Vaccination in the Punjab 1919-1929 - 1919-1929
Year: 1919
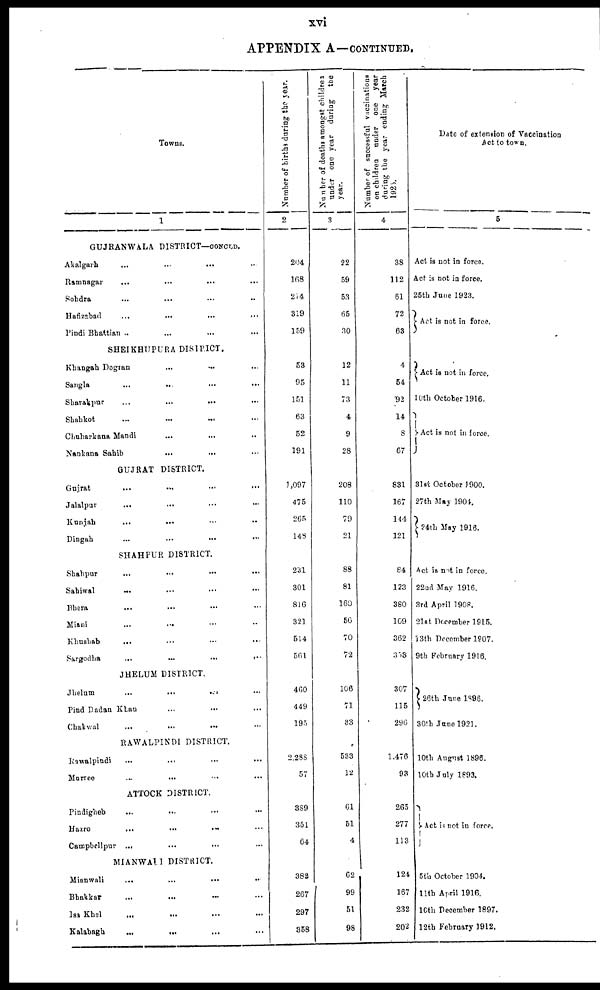
xvi
APPENDIX A—CONTINUED.
Towns.
1
GUJRANWALA DISTRICT—CONCLD.
Akalgarh ... ... ... ...
Ramnagar
...
...
...
...
Sohdra ... ... ... ...
Hafizabad ... ... ... ...
Pindi Bhattian ... ... ... ...
SHEIKHUPURA DISTRICT.
Khangah Dogran ... ... ... ...
Sangla ... ... ... ...
Sharakpur
...
...
...
...
Shahkot ... ... ... ...
Chuharkana Mandi ... ... ... ...
Nankana Sahib ... ... ... ...
GUJRAT DISTRICT.
Gujrat
...
...
...
...
Jalalpur
...
...
...
...
Kunjah ... ... ... ...
Dingah
...
...
...
...
SHAHPUR DISTRICT.
Shahpur ... ... ... ...
Sahiwal ... ... ... ...
Bhera ... ... ... ...
Miani
...
...
...
...
Khushab ... ... ... ...
Sargodha
...
...
...
...
JHELUM DISTRICT.
Jhelum
...
...
...
...
Pind Dadan Khan ... ... ... ...
Chakwal
...
...
...
...
RAWALPINDI DISTRICT.
Rawalpindi ... ... ... ...
Murree ... ... ... ...
ATTOCK DISTRICT.
Pindigheb ... ... ... ...
Hazro
...
...
...
...
Campbellpur
...
...
...
...
MIANWALI DISTRICT.
Mianwali ... ... ... ...
Bhakkar ... ... ... ...
Isa Khel ... ... ... ...
Kalabagh ... ... ... ...
Number of births during the year.
2
204
168
214
319
159
53
95
151
63
52
191
1,097
475
265
148
231
301
816
321
514
561
460
449
195
2,288
57
389
351
64
382
267
297
358
Number of deaths amongst children
under one year during
the
year.
3
22
59
53
65
30
12
11
73
4
9
28
208
110
79
21
88
81
160
56
70
72
106
71
33
533
12
61
51
4
62
99
51
98
Number of successful vaccinations
on children under one
year
during the year ending March
1925.
4
38
112
61
72
63
4
54
92
14
8
67
831
167
144
121
84
123
380
109
362
353
307
115
296
1,476
93
265
277
113
124
167
232
202
Date of extension of Vaccination
Act to town.
5
Act is not in force.
Act is not in force.
25th June 1923.
Act is not in force.
Act is not in force.
10th October 1916.
Act is not in force.
31st October 1900.
27th May 1904.
24th May 1916.
Act is not in force.
22nd May 1916.
3rd April 1908.
21st December 1915.
13th December 1907.
9th February 1916.
26th June 1896.
30th June 1921.
10th August 1896.
10th July 1893.
Act is not in force.
5th October 1904.
11th April 1916.
16th December 1897.
12th February 1912.